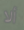
ألا